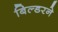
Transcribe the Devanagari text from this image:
बिल्डरने